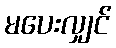
မပေးလျှင်